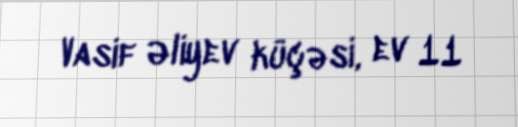
Vasif Əliyev küçəsi, ev 11